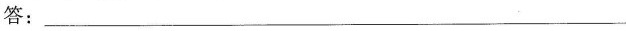
答：___